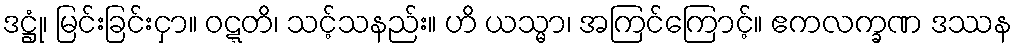
ဒဋ္ဌုံ၊ မြင်းခြင်းငှာ။ ဝဋ္ဋတိ၊ သင့်သနည်း။ ဟိ ယသ္မာ၊ အကြင်ကြောင့်။ ဧကလက္ခဏ ဒဿန